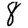
Digit: 8